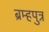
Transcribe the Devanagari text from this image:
ब्रम्हपुत्र